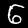
Label: 6